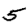
Digit: 5